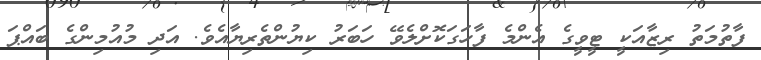
ފާތުމަތު ރިޒާއަކީ ޓީވީގެ އެންމެ ފާހަގަކޮށްލެވޭ ހަބަރު ކިޔުންތެރިޔާއެވެ. އަދި މުއުމިންގެ ބައްޕަ